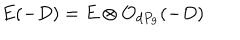
E ( - D ) = E \otimes { \cal O } _ { d P _ { 9 } } ( - D )